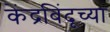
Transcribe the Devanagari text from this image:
केंद्रबिंदूच्या